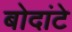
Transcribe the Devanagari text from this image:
बोदांटे